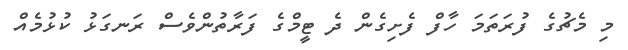
މި މެޗުގެ ފުރަތަމަ ހާފް ފެށިގެން ދެ ޓީމްގެ ފަރާތުންވެސް ރަނގަޅު ކުޅުމެއް